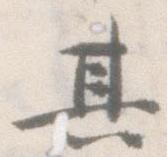
其